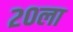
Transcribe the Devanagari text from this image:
२०ला